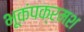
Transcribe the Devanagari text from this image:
भूकंपक्रमश